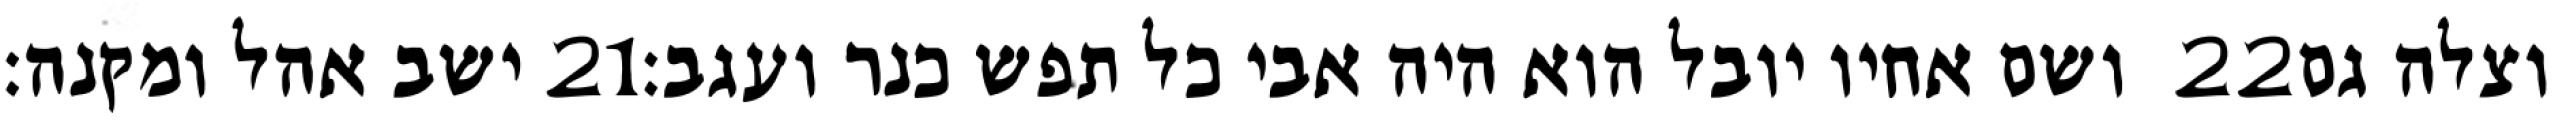
ישב אהל ומקנה׃ ‎21‏ ושם אחיו יובל הוא היה אבי כל תפש כנר ועגב׃ ‎22‏ וצלה גם